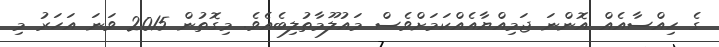
ގެ ހިއްސާއެއް އޮންނަ ޖަމިއްޔާއެއްކަމަށްވެސް މައުލޫމާތުލިބެއެވެ. މިގޮތުން 2015 ވަނަ އަހަރު މި